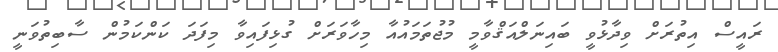
ރައީސް އިތުރަށް ވިދާޅުވީ ބައިނަލްއަޤްވާމީ މުޖުތަމައުއާ މިހާވަރަށް ގުޅިފައިވާ މިފަދަ ކަންކަމުން ސާބިތުވަނީ